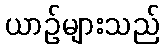
ယာဉ်များသည်